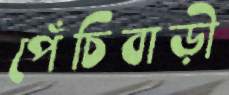
পেঁচিবাড়ী